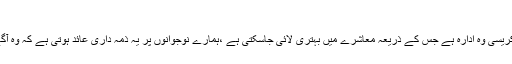
اے ایس پی سندھ پولیس شہلا قریشی
کراچی:(نیوزآن لائن)اے ایس پی سندھ پولیس شہلاقریشی نے کہا کہ بیورکریسی وہ ادارہ ہے جس کے ذریعہ معاشرے میں بہتری لائی جاسکتی ہے ،ہمارے نوجوانوں پر یہ ذمہ داری عائد ہوتی ہے کہ وہ آگے آئیں اور ایک مثبت تبدیلی کا پیش خیمہ بننے میں کلیدی کردار اداکریں۔